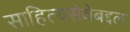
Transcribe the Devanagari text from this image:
साहित्यसेवेबद्दल